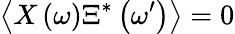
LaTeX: \left\langle X\left(\omega\right)\Xi^{*}\left(\omega^{\prime}\right)\right\rangle=0